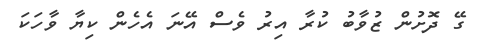
ގޭ ދޮށުން ޒުވާބު ކުރާ އިރު ވެސް އޭނަ އެހެން ކިޔާ ވާހަކަ